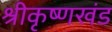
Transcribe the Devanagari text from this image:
श्रीकृष्णखंड